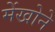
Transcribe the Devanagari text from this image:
मेंखोने